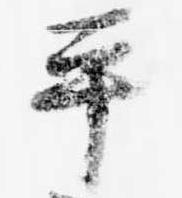
平